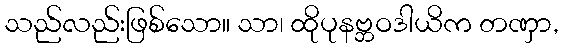
သည်လည်းဖြစ်သော။ သာ၊ ထိုပုနဗ္ဘဝဒါယိက တဏှာ,